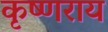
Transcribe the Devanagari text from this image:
कृष्णराय